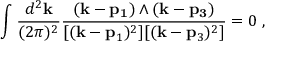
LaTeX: \int \frac { d ^ { 2 } { \bf k } } { ( 2 \pi ) ^ { 2 } } \frac { ( { \bf k - p _ { 1 } } ) \wedge ( { \bf k - p _ { 3 } } ) } { [ ( { \bf k } - { \bf p } _ { 1 } ) ^ { 2 } ] [ ( { \bf k } - { \bf p } _ { 3 } ) ^ { 2 } ] } = 0 \; ,